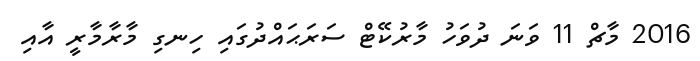
2016 މާޗް 11 ވަނަ ދުވަހު މާރުކޭޓް ސަރަޙައްދުގައި ހިނގި މާރާމާރީ އާއި